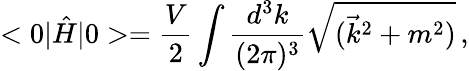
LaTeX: <0|\hat{H}|0>=\frac{V}{2}\int\frac{d^{3}k}{(2\pi)^{3}}\sqrt{(\vec{k}^{2}+m^{2})}\, ,